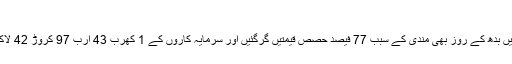
فوٹو: فائل
کراچی: پاکستان اسٹاک ایکسچینج میں بدھ کے روز بھی مندی کے سبب 77 فیصد حصص قیمتیں گرگئیں اور سرمایہ کاروں کے 1 کھرب 43 ارب 97 کروڑ 42 لاکھ 66 ہزار 729 روپےڈوب گئے۔